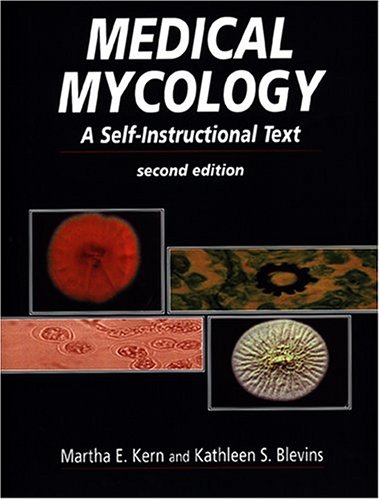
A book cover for Medical Mycology: A Self-Instructional Text; Kathleen S. Blevins PhD  MLS(ASCP)  CLS(NCA); Medical Books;